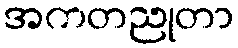
အကတညုတာ